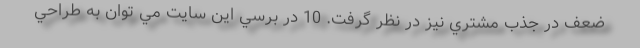
ضعف در جذب مشتري نيز در نظر گرفت. 10 در برسي اين سايت مي توان به طراحي